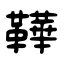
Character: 鞾